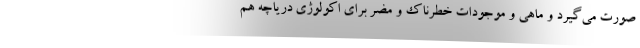
صورت می‌گیرد و ماهی و موجودات خطرناک و مضر برای اکولوژی دریاچه هم